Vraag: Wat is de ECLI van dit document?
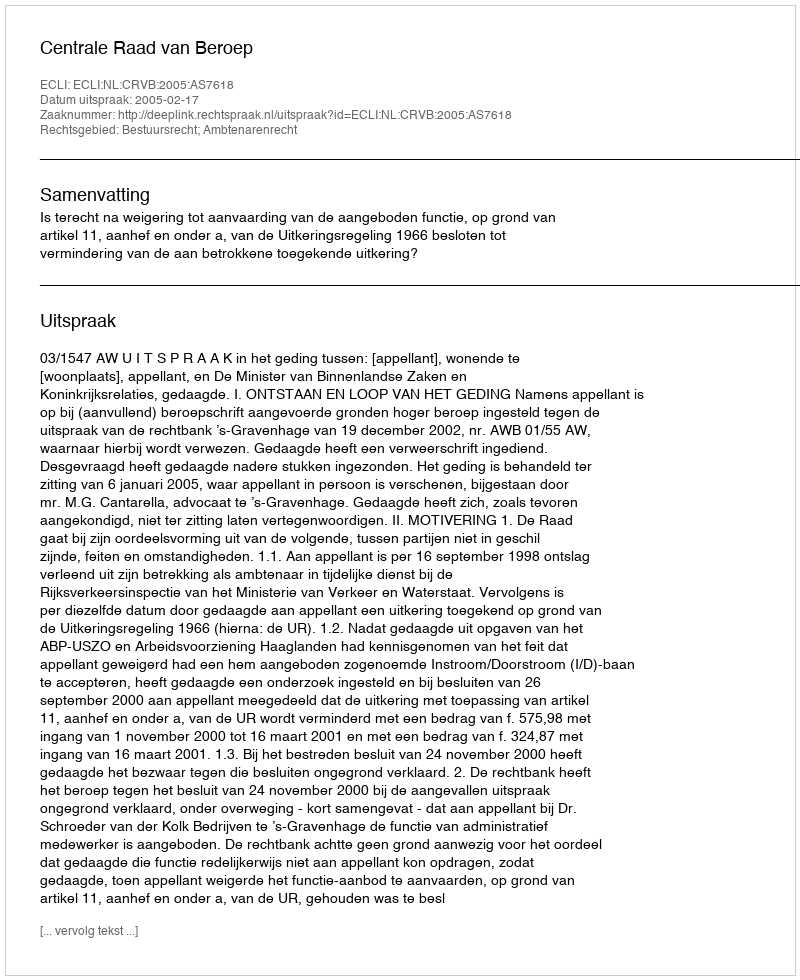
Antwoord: ECLI:NL:CRVB:2005:AS7618